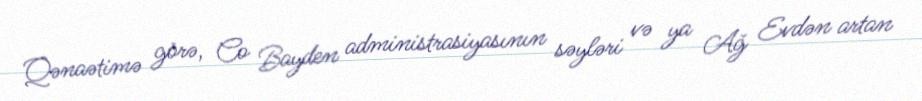
Qənaətimə görə, Co Bayden administrasiyasının səyləri və ya Ağ Evdən artan